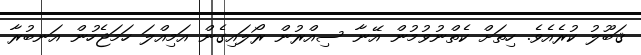
ޤަބޫލު ކުރެއެވެ. ހިތަށް ކެތްނުވުމުން އޭނާ ސިއްރުން ރޯލައިގެން އަމިއްލަ ހަމަޖެހުން އަނބުރާ